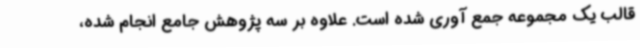
قالب یک مجموعه جمع آوری شده است. علاوه بر سه پژوهش جامع انجام شده،